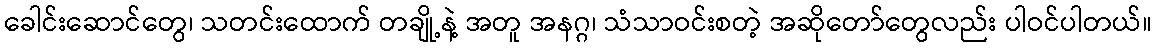
ခေါင်းဆောင်တွေ၊ သတင်းထောက် တချို့နဲ့ အတူ အနဂ္ဂ၊ သံသာဝင်းစတဲ့ အဆိုတော်တွေလည်း ပါဝင်ပါတယ်။